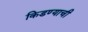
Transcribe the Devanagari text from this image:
किडण्याची